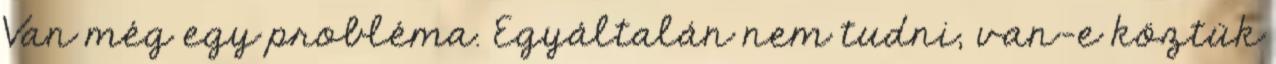
Van még egy probléma. Egyáltalán nem tudni, van-e köztük